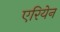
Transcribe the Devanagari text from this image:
एरियेन